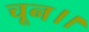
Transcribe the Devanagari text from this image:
चून।।